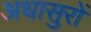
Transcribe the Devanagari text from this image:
अधासुरों